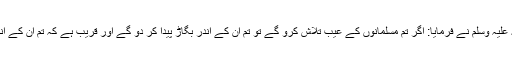
رسول اللہ صلی اللہ علیہ وسلم نے فرمایا: اگر تم مسلمانوں کے عیب تلاش کرو گے تو تم ان کے اندر بگاڑ پیدا کر دو گے اور قریب ہے کہ تم ان کے اندر فساد پیدا کر دو۔